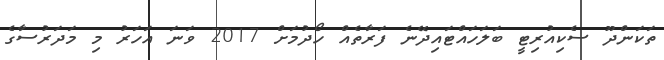
ތަކަންދޫ ސެކިއުރިޓީ ބަލަހައްޓައިދޭނެ ފަރާތެއް ހޯދުމަށް 2017 ވަނަ އަހަރު މި މަދަރުސާގެ